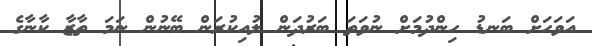
އަވަހަށް ބަނޑު ހިންދުމަށް ނުވަތަ ބަރުދަން ލުއިކުރަން ބޭނުން ނަމަ ތާޒާ ކާނާގެ